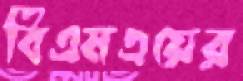
বিএমএয়ের